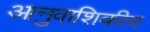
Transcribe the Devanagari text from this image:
आनुवाशिकीय